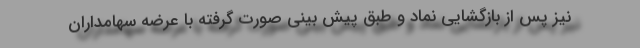
نیز پس از بازگشایی نماد و طبق پیش بینی صورت گرفته با عرضه سهامداران